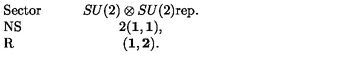
\begin{array} { l c } { { \mathrm { S e c t o r } } \quad \quad } & { S U ( 2 ) \otimes S U ( 2 ) { \mathrm { r e p . } } } \\ { { \mathrm { N S } } } & { 2 ( { \bf 1 } , { \bf 1 } ) , } \\ { { \mathrm { R } } } & { ( { \bf 1 } , { \bf 2 } ) . } \\ \end{array}